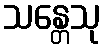
သန္တေသု